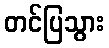
တင်ပြသွား